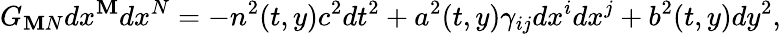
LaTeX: G_{\mathbf{M}N}dx^{\mathbf{M}}dx^{N}=-n^{2}(t,y)c^{2}dt^{2}+a^{2}(t,y)\gamma_{ij}dx^{i}dx^{j}+b^{2}(t,y)dy^{2},